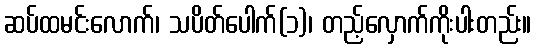
ဆပ်ထမင်းလောက်၊ သပိတ်ပေါက်(၁)၊ တည့်လှောက်ကိုးပါးတည်း။